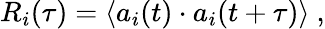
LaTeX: R_{i}(\tau)=\langle a_{i}(t)\cdot a_{i}(t+\tau)\rangle\ ,